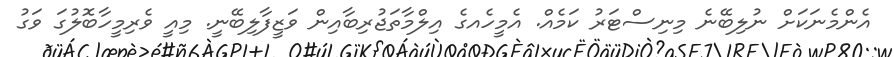
އެންމެނަކަށް ނުލިބޭނެ މިނިސްޓަރު ކަމެއް. އެމީހެއގެ އިލްމާތަޖުރިބާއިން ވަޒީފާލިބޭނީ. މިއީ ވެރިމީހާބޮލުގަ ވަގު